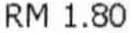
RM 1.80